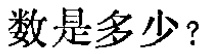
数是多少？